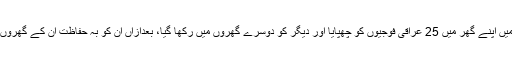
62 سالہ ام اقصیٰ نے مشرقی تکریت میں اپنے گھر میں 25 عراقی فوجیوں کو چھپایا اور دیگر کو دوسرے گھروں میں رکھا گیا، بعدازاں ان کو بہ حفاظت ان کے گھروں پر پہنچانے کے لیے اہم کردار ادا کیا۔